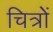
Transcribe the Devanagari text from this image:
चित्रोें